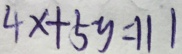
4 x + 5 y = 1 1 1